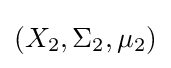
(X_{2},\Sigma _{2},\mu _{2})